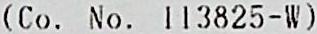
(CO. NO. 113825-W)